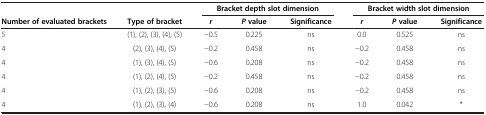
<table><thead><tr><td><b> </b></td><td><b> </b></td><td colspan="3"><b>Bracket depth slot dimension</b></td><td colspan="3"><b>Bracket width slot dimension</b></td></tr><tr><td><b>Number of evaluated brackets</b></td><td><b>Type of bracket</b></td><td><b><i>r</i></b></td><td><b><i>P </i>value</b></td><td><b>Significance</b></td><td><b><i>r</i></b></td><td><b><i>P </i>value</b></td><td><b>Significance</b></td></tr></thead><tbody><tr><td>5</td><td>(1), (2), (3), (4), (5)</td><td>-0.5</td><td>0.225</td><td>ns</td><td>0.0</td><td>0.525</td><td>ns</td></tr><tr><td>4</td><td>(2), (3), (4), (5)</td><td>-0.2</td><td>0.458</td><td>ns</td><td>-0.2</td><td>0.458</td><td>ns</td></tr><tr><td>4</td><td>(1), (3), (4), (5)</td><td>-0.6</td><td>0.208</td><td>ns</td><td>-0.2</td><td>0.458</td><td>ns</td></tr><tr><td>4</td><td>(1), (2), (4), (5)</td><td>-0.2</td><td>0.458</td><td>ns</td><td>-0.2</td><td>0.458</td><td>ns</td></tr><tr><td>4</td><td>(1), (2), (3), (5)</td><td>-0.6</td><td>0.208</td><td>ns</td><td>-0.2</td><td>0.458</td><td>ns</td></tr><tr><td>4</td><td>(1), (2), (3), (4)</td><td>-0.6</td><td>0.208</td><td>ns</td><td>1.0</td><td>0.042</td><td>*</td></tr></tbody></table>